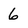
Character: 6